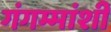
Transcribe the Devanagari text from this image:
गंगम्मांशी